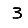
Digit: 3